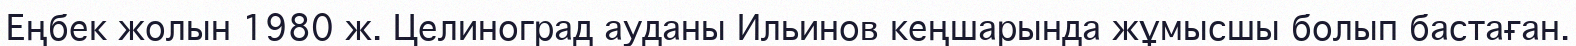
Еңбек жолын 1980 ж. Целиноград ауданы Ильинов кеңшарында жұмысшы болып бастаған.